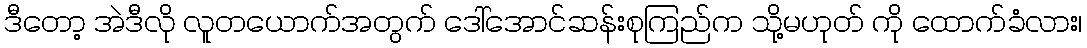
ဒီတော့ အဲဒီလို လူတယောက်အတွက် ဒေါ်အောင်ဆန်းစုကြည်က သို့မဟုတ် ကို ထောက်ခံလား၊